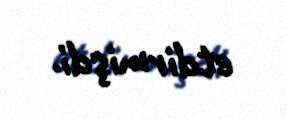
etdirmişdi.